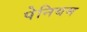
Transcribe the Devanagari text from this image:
पेनियम